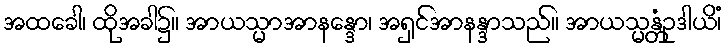
အထခေါ၊ ထိုအခါ၌။ အာယသ္မာအာနန္ဒော၊ အရှင်အာနန္ဒာသည်။ အာယသ္မန္တံဥဒါယိံ၊